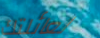
لعائلتك